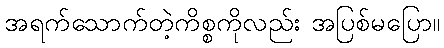
အရက်သောက်တဲ့ကိစ္စကိုလည်း အပြစ်မပြော။